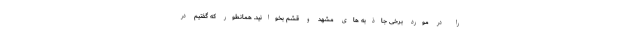
را در مورد برخی جاذبه های مشهد و قشم بخوانید. همانطور که گفتیم در